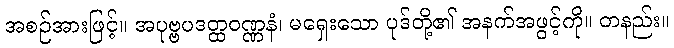
အစဉ်အားဖြင့်။ အပုဗ္ဗပဒတ္ထဝဏ္ဏနံ၊ မရှေးသော ပုဒ်တို့၏ အနက်အဖွင့်ကို။ တနည်း။